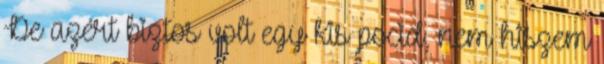
De azért biztos volt egy kis pocid, nem hiszem